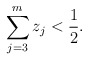
\begin{align*}\sum_{j=3}^{m} z_j < \frac{1}{2}.\end{align*}